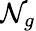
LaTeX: {\cal\mathcal{N}}_{g}